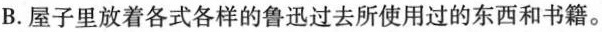
B.屋子里放着各式各样的鲁迅过去所使用过的东西和书籍。